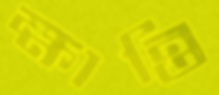
ক্ষান্তি